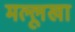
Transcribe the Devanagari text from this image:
मल्लूखा